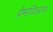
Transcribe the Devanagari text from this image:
प्रेमविलास